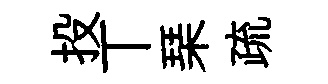
投丅琹疏